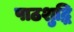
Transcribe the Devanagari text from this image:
पाठशुद्धि